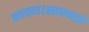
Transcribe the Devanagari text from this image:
स्तवन।स्तवनाचें